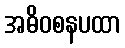
အဓိဝစနပထာ